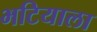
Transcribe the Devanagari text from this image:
भटियाला